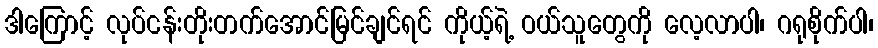
ဒါကြောင့် လုပ်ငန်းတိုးတက်အောင်မြင်ချင်ရင် ကိုယ့်ရဲ့ ဝယ်သူတွေကို လေ့လာပါ၊ ဂရုစိုက်ပါ၊